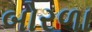
બોરળા